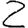
Digit: 2